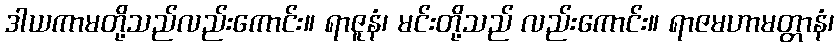
ဒါယကာမတို့သည်လည်းကောင်း။ ရာဇူနံ၊ မင်းတို့သည် လည်းကောင်း။ ရာဇမဟာမတ္တာနံ၊